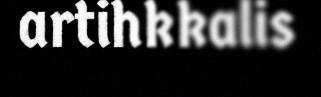
artihkkalis